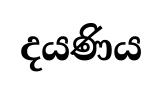
දයණිය